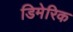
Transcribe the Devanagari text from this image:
डिमेरिक